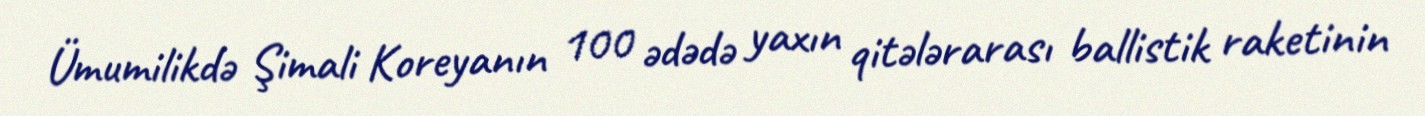
Ümumilikdə Şimali Koreyanın 100 ədədə yaxın qitələrarası ballistik raketinin